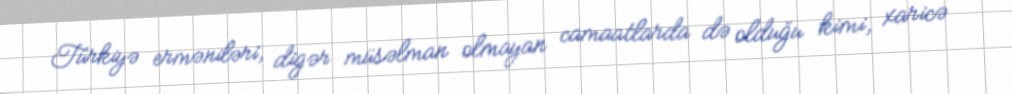
Türkiyə erməniləri, digər müsəlman olmayan camaatlarda də olduğu kimi, xaricə